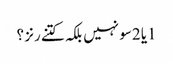
1یا 2سو نہیں بلکہ کتنے رنز ؟